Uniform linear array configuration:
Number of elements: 32
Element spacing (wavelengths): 0.25
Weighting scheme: kaiser
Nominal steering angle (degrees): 0
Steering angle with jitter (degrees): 0.7713
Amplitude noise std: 0.05
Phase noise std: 0.05

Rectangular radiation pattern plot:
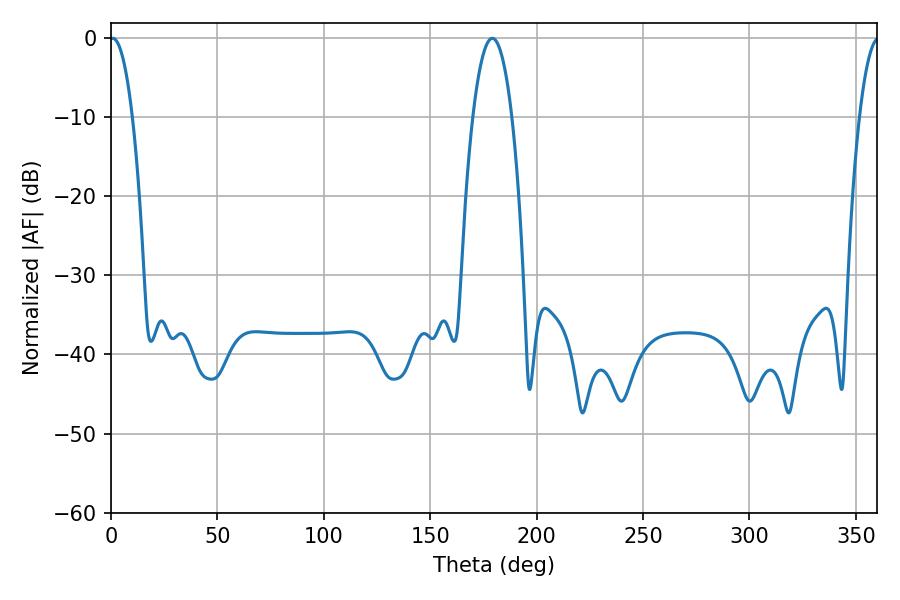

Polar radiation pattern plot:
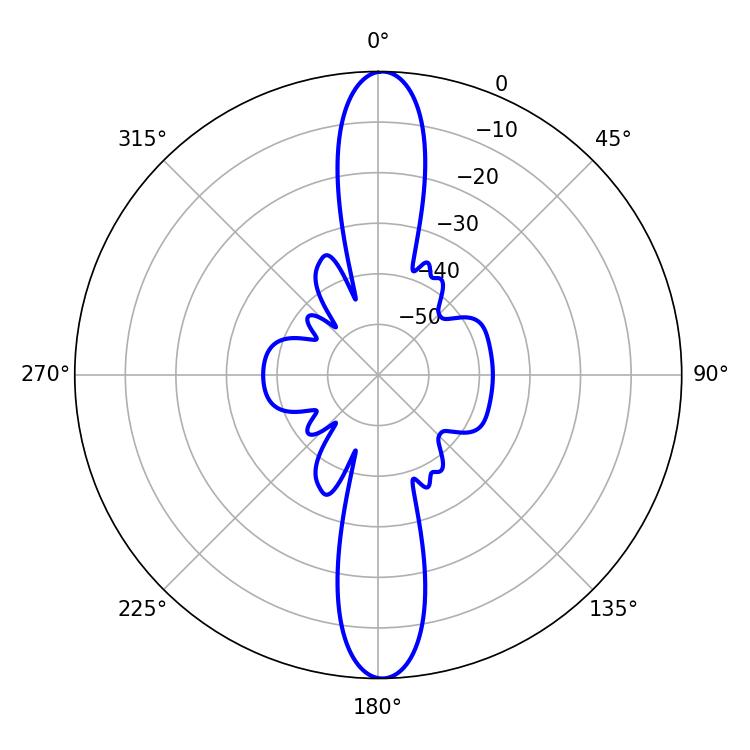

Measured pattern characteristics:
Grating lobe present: FALSE
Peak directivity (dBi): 25.536
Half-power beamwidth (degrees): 5.94
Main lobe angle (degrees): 0.9